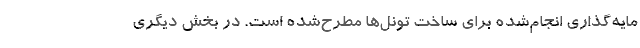
مایه‌گذاری انجام‌شده برای ساخت تونل‌ها مطرح‌شده است. در بخش دیگری